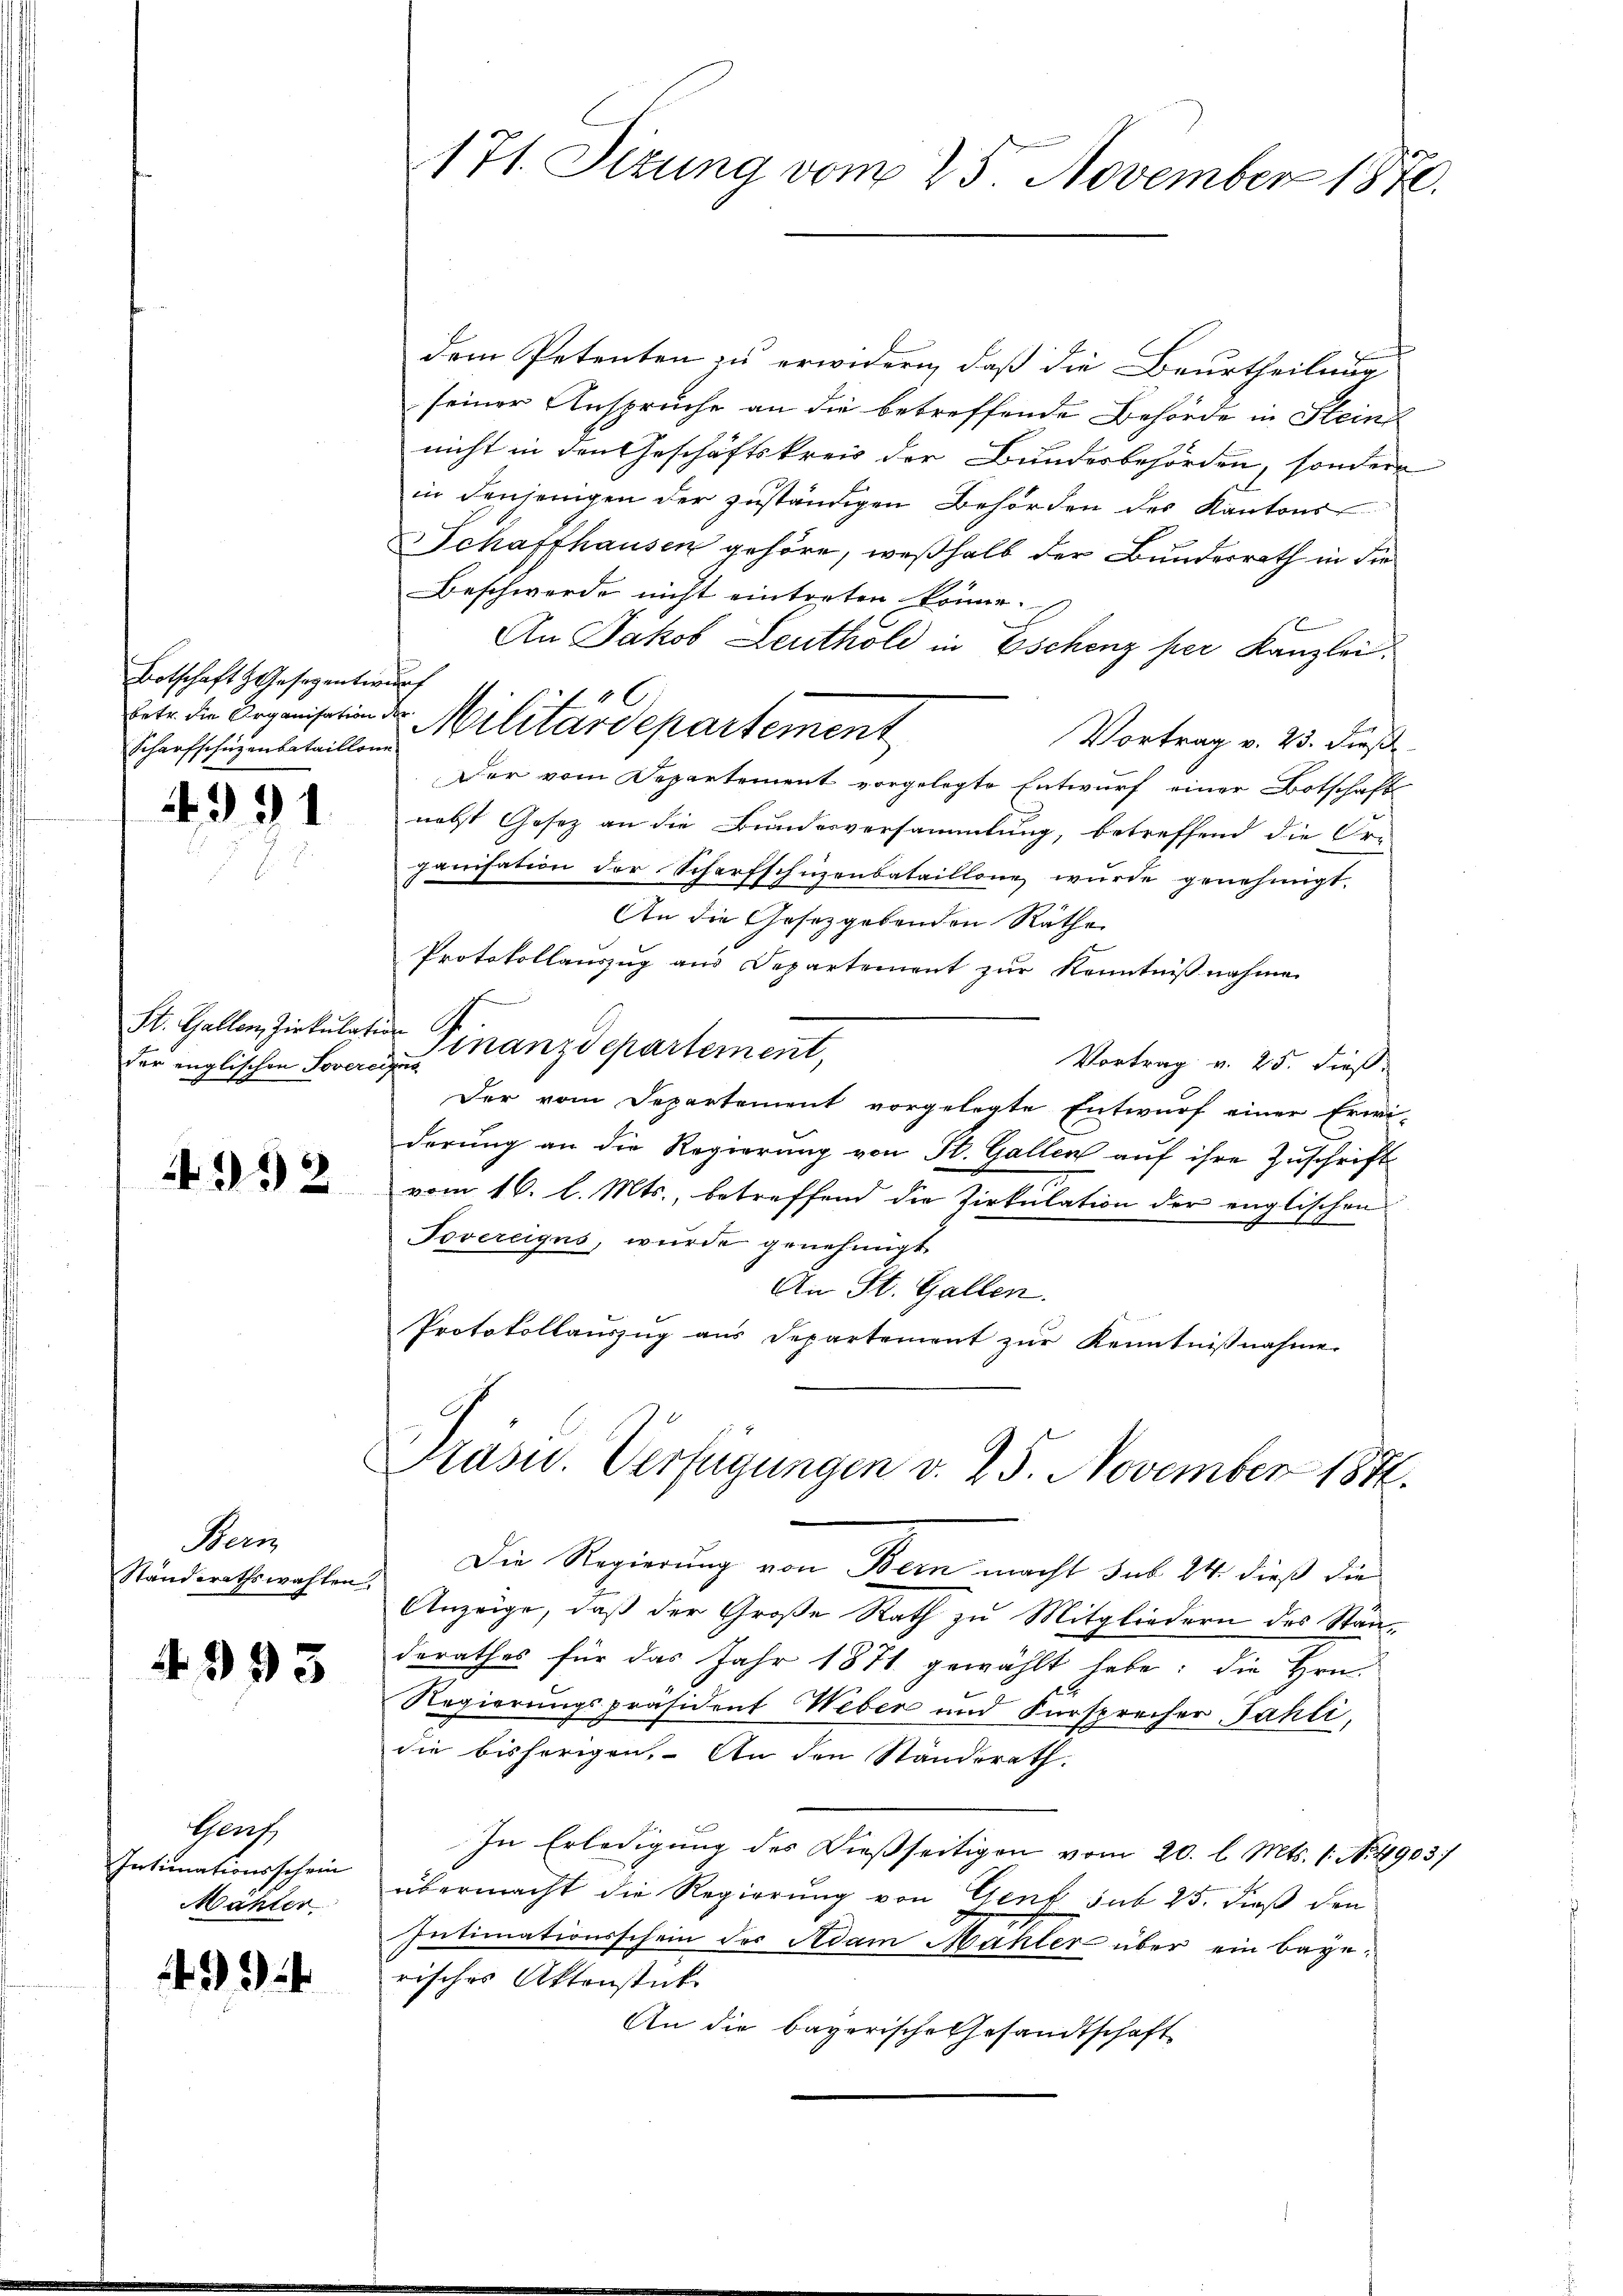
Botschaft Gesezentwurf
Scharfschüzenbataillone

31

der englischen Sovereits

392

Bern
Standerathswahlen,

4393

Shach,
Intimationsschein
Mahler

994

171. Sizung vom 25. November 1870.

dem Petenten zu erwidern, daß die Beurtheilung
seiner Anspruche an die betreffende Behörde in Stein
nicht in den Geschäftskreis der Bundesbehörden, sondern
in denjenigen der zuständigen Behörden des Kantons
Schaffhausen gehöre, weßhalb der Bundesrath in die
Beschwerde nicht eintreten könne.
An Jakob Leuthole in Eschenz per Kanzlei.
betr. die Organisation der Militärdepartement
Vortrag v. 23. Dies
Der vom Departement vorgelegte Entwurf einer Botschaft
nebst Gesetz an die Bundesversammlung, betreffend die Or-
ganisation der Scharfschuzenbataillone wurde genehmigt.
An die Gesetzgebenden Räthe
Protokollauszug aus Departement zŭr Kenntnißnahme
St. Gallen, Zirkulation Finanzdepartement,
Vortrag v. 25. dieß.
Der vom Departement vorgelegte Entwurf einer Erwi-
derung an die Regierung von St. Gallen auf ihre Zuschrift
vom 16. l. Mts., betreffend die Zirkulation der englischen
Tovereigns, wurde genehmigt.
An St. Gallen.
Protokollauszug aus Departement zŭr Kenntniβnahme

6

Pasu. Verfügungen v. 25. November 1846.

Die Regierung von Bern macht sub 24. dieß die
Anzeige, daß der Große Rath zu Mitgliedern des Ständerathes für das Jahr 1871 gewählt habe; die Hrn.
Regierungspräsident Weber und Fürsprecher Fahli,
die bisherigen. An den Ständerath.
In Erledigŭng des Dieβseitigen vom 20. l. Mts. 1. No. 1903/
übermacht die Regierung von Gent sub 25. dieß den
Intimationsschein des Adam Mahler über ein begerisches Aktenstück
An die bayerische Gesandtschaft